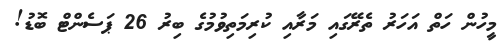
މީހުން ހަތް އަހަރު ތެރޭގައި މަރާއި ކުރިމަތިވުމުގެ ބިރު 26 ޕަސެންޓް ބޮޑު!